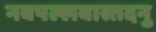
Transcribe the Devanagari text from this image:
नवपल्लवास्तदनु